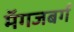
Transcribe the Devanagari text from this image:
मॅगजबर्ग